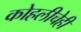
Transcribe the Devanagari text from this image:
कोहलीचेही